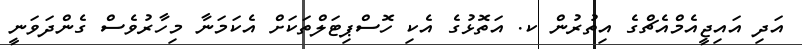
އަދި އައިޖީއެމްއެޗްގެ އިތުރުން ކ. އަތޮޅުގެ އެކި ހޮސްޕިޓަލްތަކަށް އެކަމަނާ މިހާރުވެސް ގެންދަވަނީ